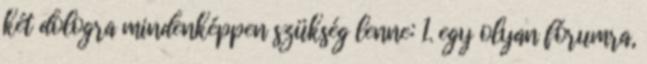
két dologra mindenképpen szükség lenne: 1. egy olyan fórumra,